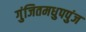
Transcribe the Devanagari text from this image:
गुंजितमधुपपुंज